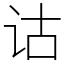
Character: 诂